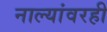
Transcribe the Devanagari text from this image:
नाल्यांवरही